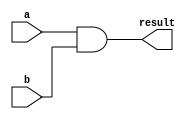
module combinational_logic(input wire a, b, output wire result);

assign result = a & b;

endmodule